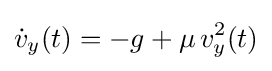
{\dot {v}}_{y}(t)=-g+\mu \,v_{y}^{2}(t)